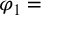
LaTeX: \varphi _ { 1 } =